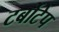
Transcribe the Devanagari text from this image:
टर्बोटेप